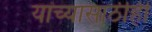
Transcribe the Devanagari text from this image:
यांच्यासाठीही